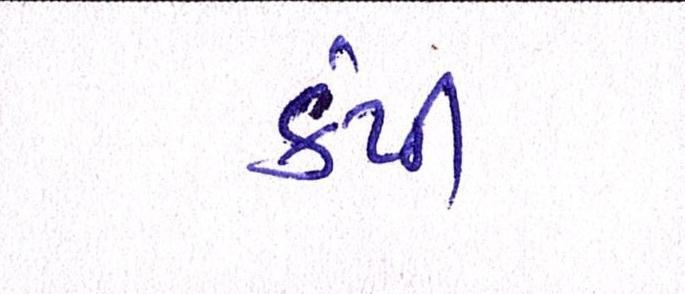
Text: કંપી